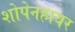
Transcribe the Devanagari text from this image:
शोपेनहायर